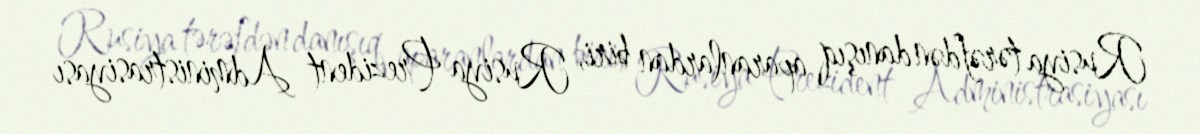
Rusiya tərəfdən danışıq aparanlardan biri, Rusiya Prezident Administrasiyası